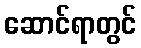
ဆောင်ရာတွင်